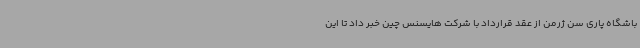
باشگاه پاری سن ژرمن از عقد قرارداد با شرکت هایسنس چین خبر داد تا این